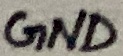
Text: GND